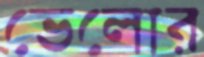
ভেলোর